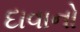
દાવાનો